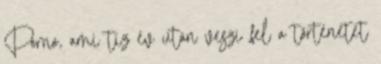
Porno, ami tíz év után veszi fel a történetet